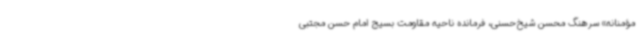
مؤمنانه» سرهنگ محسن شیخ‌حسنی، فرمانده ناحیه مقاومت بسیج امام حسن مجتبی